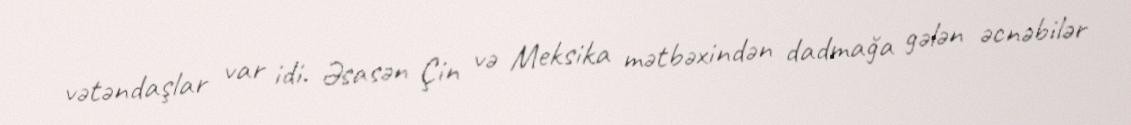
vətəndaşlar var idi. Əsasən Çin və Meksika mətbəxindən dadmağa gələn əcnəbilər